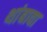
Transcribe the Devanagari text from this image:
थांबावा